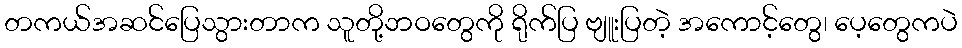
တကယ်အဆင်ပြေသွားတာက သူတို့ဘဝတွေကို ရိုက်ပြ ဗျူးပြတဲ့ အကောင့်တွေ၊ ပေ့တွေကပဲ